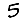
Digit: 5